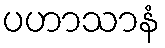
ပဟာသာနံ